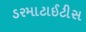
ડરમાટાઈટીસ